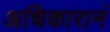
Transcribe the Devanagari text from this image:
अधिकारानं